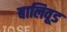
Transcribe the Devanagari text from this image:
बालिवूड